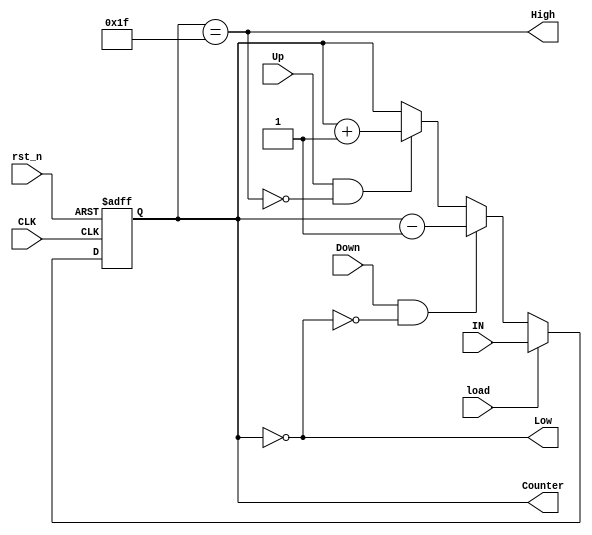
module Up_Dn_counter(

input wire [4:0] IN,
input wire       load,Down,Up,CLK,rst_n,
output reg [4:0] Counter,
output wire      High, Low

);

always @(posedge CLK or negedge rst_n)
  begin
   if(!rst_n) begin
	Counter <= 'b0;
   end
   
   else begin
    if (load)
      begin
        Counter <= IN;
      end
      
	else if (Down && !Low)
      begin
        Counter <= Counter - 5'b1;
      end
      
	else if (Up && !High)
      begin
        Counter <= Counter + 5'b1;
      end
	end
  end

assign High = (Counter == 5'b11111);
assign Low = (Counter == 5'b0);

endmodule